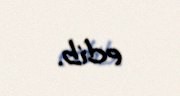
edib.